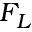
F _ { L }